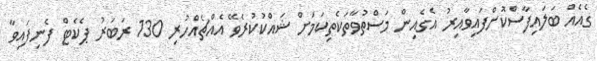
ގެއެއް ބަލައިފާސްކޮށްފައިވާއިރު އެގެއިން މަސްތުވާތަކެތިކަމަށް ޝައްކުކުރެވޭ އެއްޗެއްހުރި 130 ރަބަރު ޕެކެޓް ފެނިފައިވާ